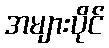
အများပိုင်